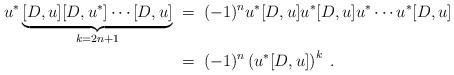
LaTeX: \begin{align*} u^*\underbrace{[D,u][D,u^*]\cdots[D,u]}_{k=2n+1} & \;=\; (-1)^n u^*[D,u]u^*[D,u]u^*\cdots u^*[D,u] \\ &\;=\; (-1)^n \left( u^*[D,u]\right)^k\;.\end{align*}